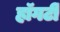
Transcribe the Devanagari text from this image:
हॉगर्टी